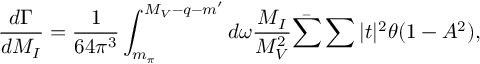
\frac { d \Gamma } { d M _ { I } } = \frac { 1 } { 6 4 \pi ^ { 3 } } \int _ { m _ { \pi } } ^ { M _ { V } - q - m ^ { \prime } } d \omega \frac { M _ { I } } { M _ { V } ^ { 2 } } \bar { \sum } \sum | t | ^ { 2 } \theta ( 1 - A ^ { 2 } ) ,